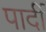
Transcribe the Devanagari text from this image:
पार्दी